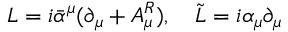
L = i \bar { \alpha } ^ { \mu } ( \partial _ { \mu } + A _ { \mu } ^ { R } ) , \quad \tilde { L } = i \alpha _ { \mu } \partial _ { \mu }